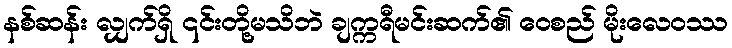
နစ်ဆန်း လျှက်ရှိ ၎င်းတို့မသိဘဲ ချက္ကရီမင်းဆက်၏ ဝေစည် မိုးလေဝဿ